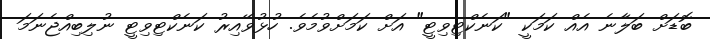
ބޮޑަށް ބަލާނެ އެއް ކަމަކީ "ކަނެކްޓިވިޓީ" އަށް ކަމަށްވުމެވެ. ހުޅުވޭއިރު ކަނެކްޓިވިޓީ ނުލިބިއްޖެނަމަ